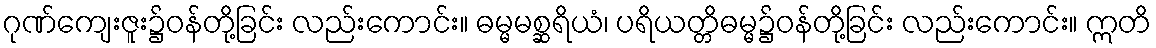
ဂုဏ်ကျေးဇူး၌ဝန်တို့ခြင်း လည်းကောင်း။ ဓမ္မမစ္ဆရိယံ၊ ပရိယတ္တိဓမ္မ၌ဝန်တို့ခြင်း လည်းကောင်း။ ဣတိ